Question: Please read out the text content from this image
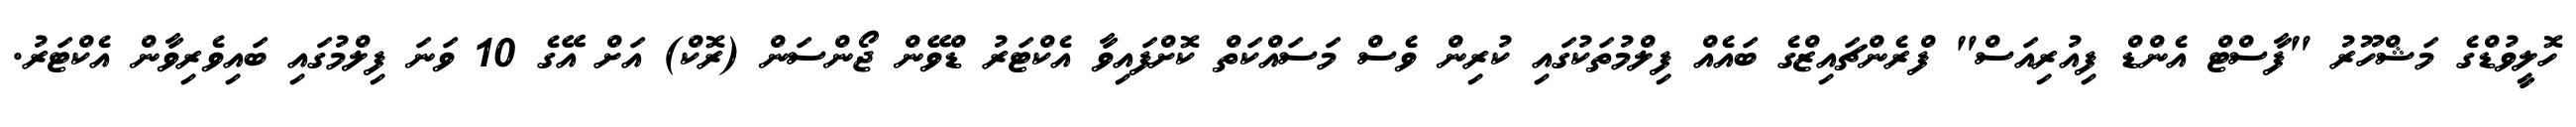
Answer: ހޮލީވުޑްގެ މަޝްހޫރު "ފާސްޓް އެންޑް ފިއުރިއަސް" ފްރެންޗައިޒްގެ ބައެއް ފިލްމުތަކުގައި ކުރިން ވެސް މަސައްކަތް ކޮށްފައިވާ އެކްޓަރު ޑްވޭން ޖޯންސަން (ރޮކް) އަށް އޭގެ 10 ވަނަ ފިލްމުގައި ބައިވެރިވާން އެކްޓަރު.